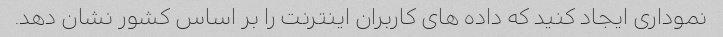
نموداری ایجاد کنید که داده های کاربران اینترنت را بر اساس کشور نشان دهد.